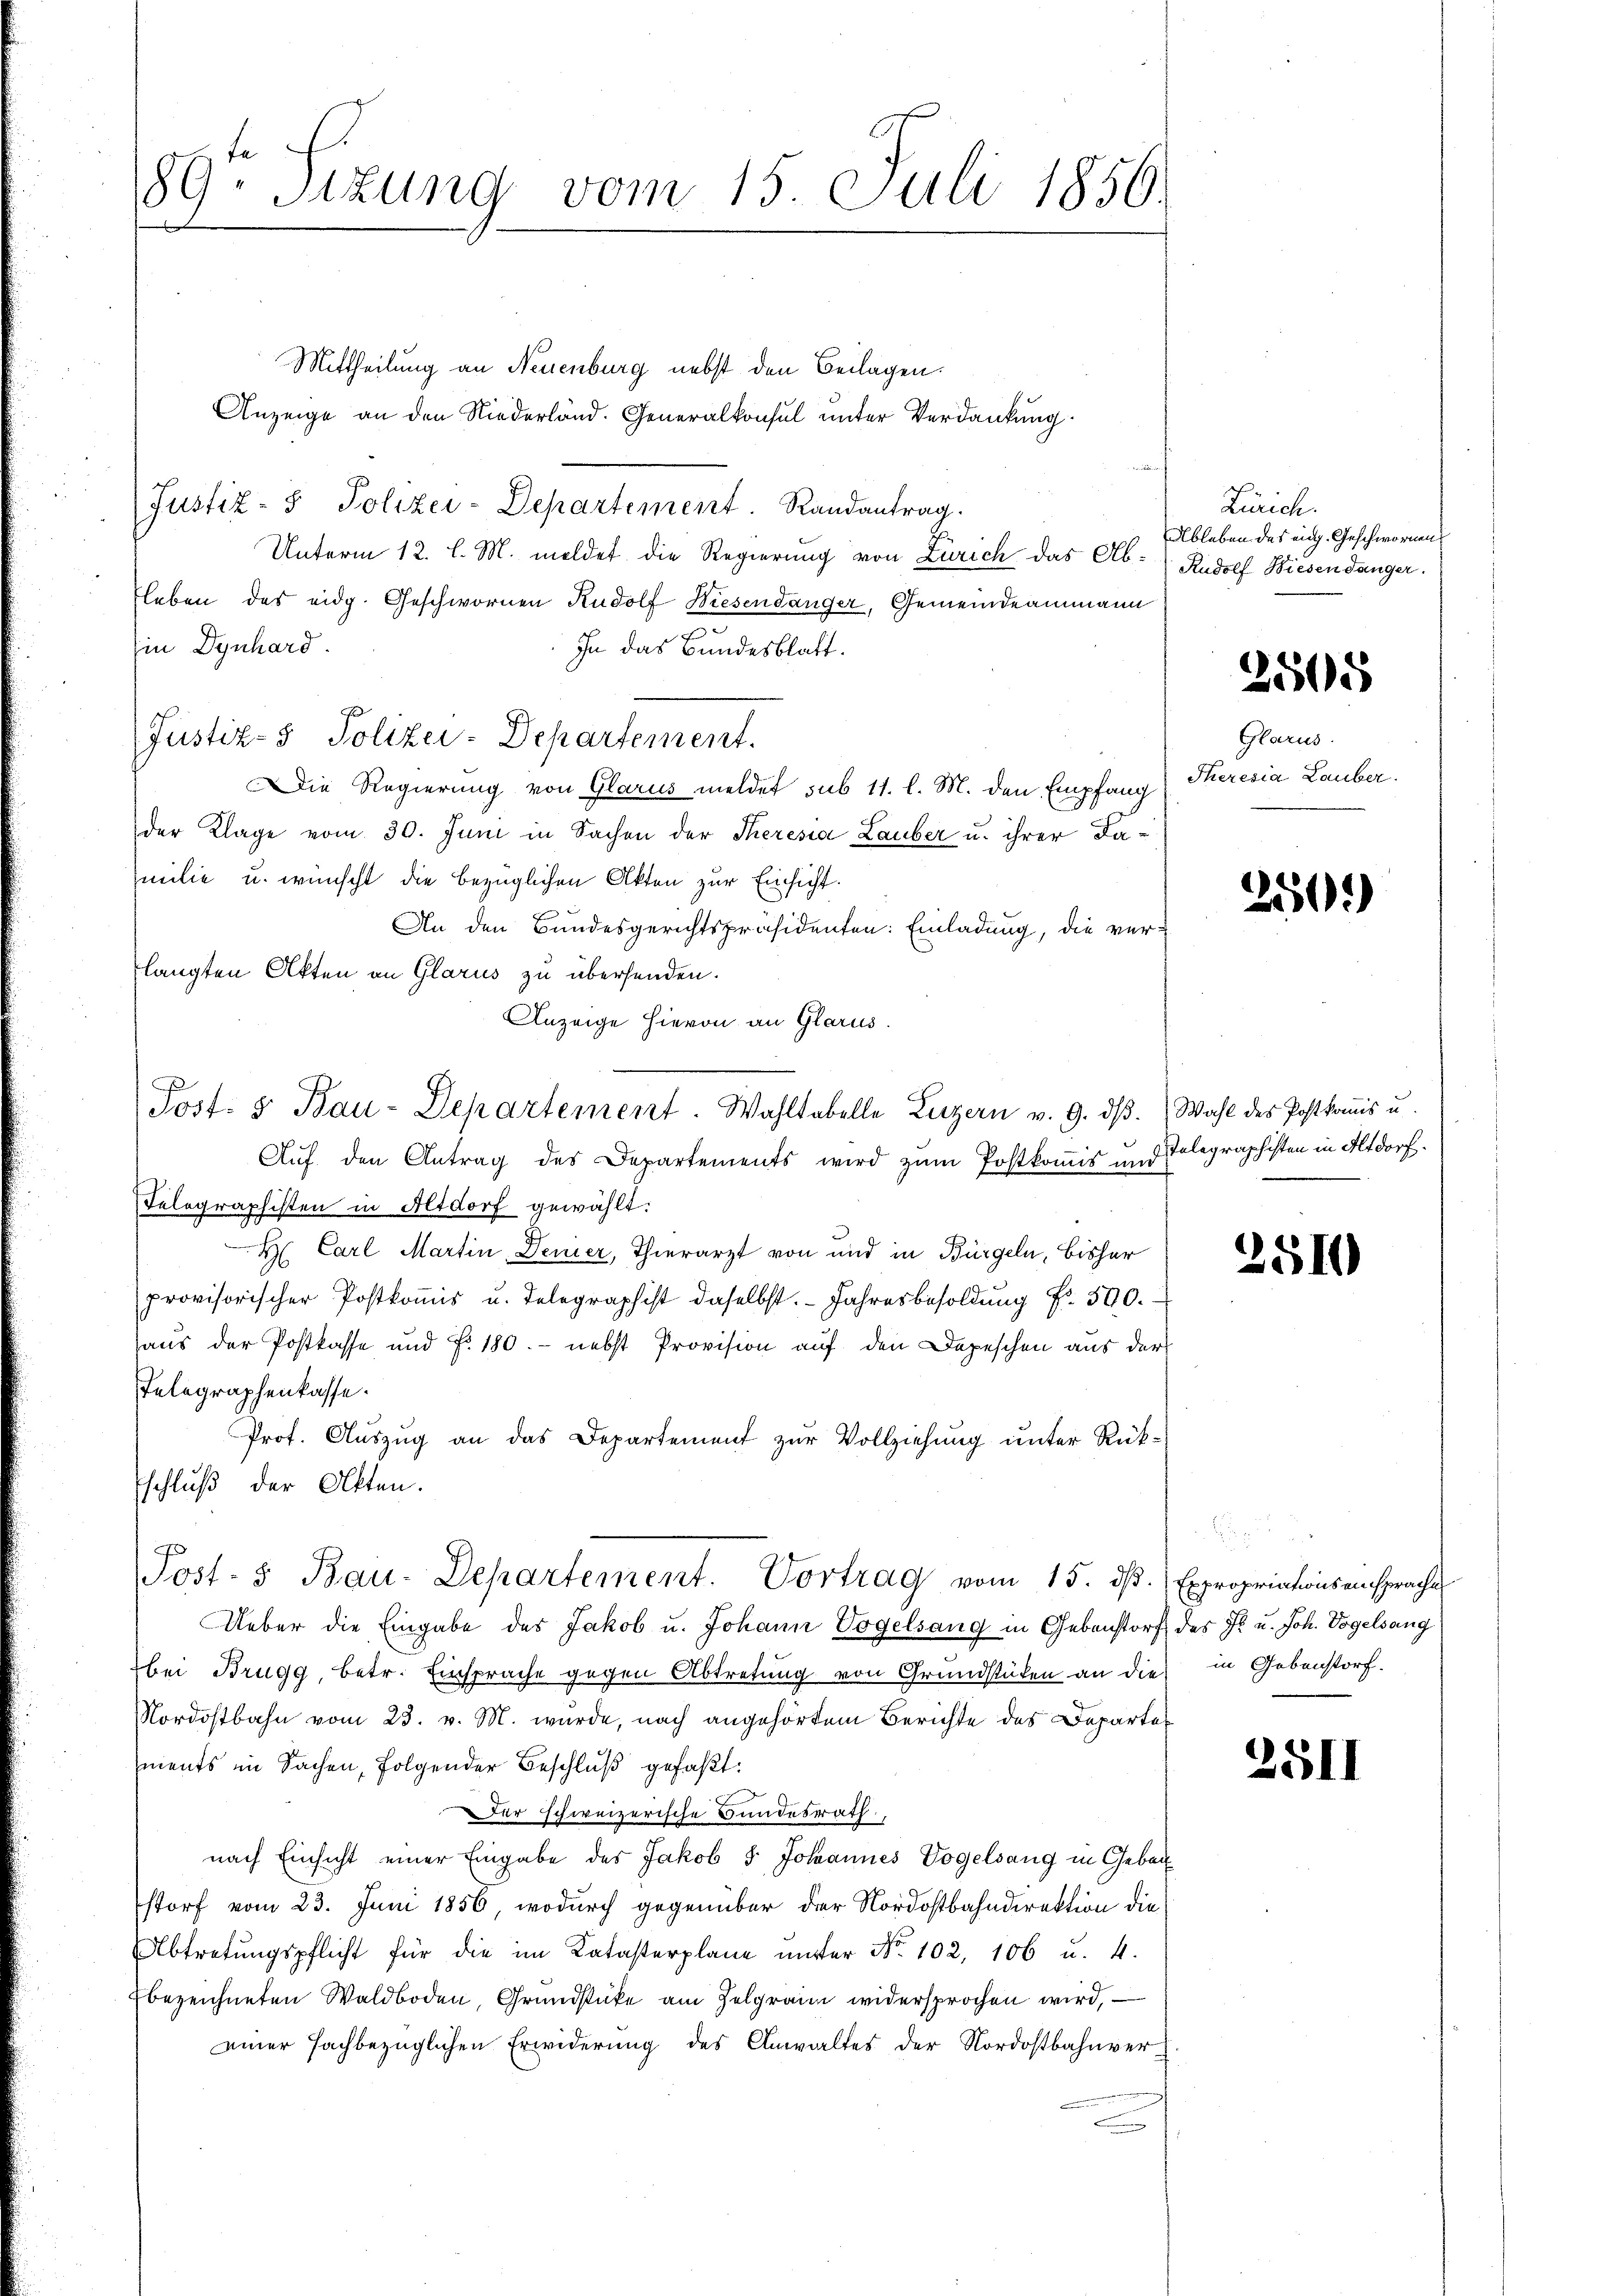
89. Sitzung vom 15. Juli 1856.

Mittheilung an Neuenburg nebst den Beilagen.
Anzeige an den Niederland. Generalkonsul unter Verdankung
Justiz- & Polizei-Departement. Randantrag.
Unterm 12. l. M. meldet die Regierung von Zürich das Ab-Rudolf Wiesendanger.
leben des eidg. Geschwornen Rudolf Wiesendanger, Gemeindeammann
Ein Dynhard.
In das Bundesblatt.
Justiz- & Polizei-Departement.
Die Regierung von Glarus meldet sub 11. l. M. den Empfang
der Klage vom 30. Juni in Sachen der Theresia Lauber u. ihrer Familie u. wünscht die bezüglichen Akten zur Einsicht.
An den Bundesgerichtspräsidenten: Einladung, die verlangten Akten an Glarus zu übersenden.
Anzeige hievon an Glarus.
Post. 5. Bau-Departement. Wahltabelle Luzern v. 9. dβ. Wahl des Postkomis u.
Auf den Antrag des Departements wird zum Postkommis und Telegraphisten in Altdorf.
Felographisten in Altdorf gewählt:
H Carl Martin Denier, Thierarzt von und in Bürgeln, bisher
provisorischer Postkoṁis u. Telegraphist daselbst. Jahresbesoldŭng Fr. 500.
aus der Postkasse und F. 180. - nebst Provision auf den Depeschen aus der
Telegraphenkasse.
Prof. Auszug an das Departement zur Vollziehung unter Rük¬
Eschluß der Akten.
Post- 5. Bau-Departement. Vortrag vom 15. dβ. Expropriationsansprache
Ueber die Eingabe des Jakob u. Johann Vogelsang in Gebenstorf des I. u. Joh. Vogelsang
bei Brugg, betr. Einsprache gegen Abtretung von Grundstüken an die in Gebenstorf.
Nordostbahn vom 23. v. M. wurde, nach angehörtem Berichte des Departes
ments in Sachen, folgender Beschluß gefaßt:
Der schweizerische Bundesrath
nach Einsicht einer Eingabe des Jakob & Johannes Vogelsang in Gebäustorf vom 23. Juni 1856, wodurch gegenüber der Nordostbahndirektion die
Abtretungspflicht für die im Katasterplane ŭnter No 102, 106 u. 4.
bezeichneten Waldboden, Grundstücke am Zelgramm widersprochen wird,
einer fachbezüglichen Erwiderung des Anwaltes der Nordostbahnver¬

Zürich.
Ableben des eidg. Geschwornen

2505

Glarus
Theresia Lauber.

250.

2510

2

2511